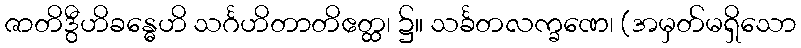
ဇာတိဒွီဟိခန္ဓေဟိ သင်္ဂဟိတာတိဧတ္ထ၊ ၌။ သင်္ခတလက္ခဏေ၊ (အမှတ်မရှိသော